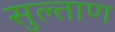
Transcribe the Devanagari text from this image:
सुल्ताण